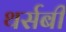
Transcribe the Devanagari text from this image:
थर्सबी